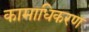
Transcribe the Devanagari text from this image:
कामाधिकरण